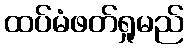
ထပ်မံဖတ်ရှုမည်